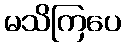
မသိကြပေ